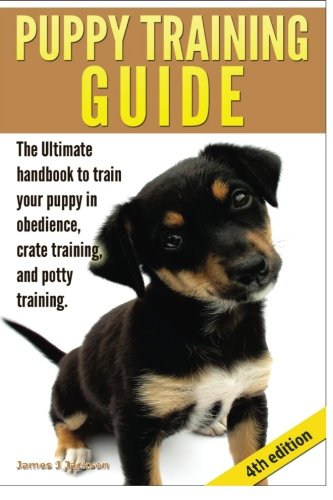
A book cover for Puppy Training Guide; James J Jackson; Crafts, Hobbies & Home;